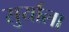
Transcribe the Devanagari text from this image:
सुर्याला